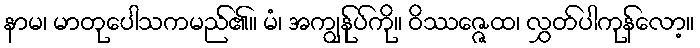
နာမ၊ မာတုပေါသကမည်၏။ မံ၊ အကျွန်ုပ်ကို။ ဝိဿဇ္ဇေထ၊ လွှတ်ပါကုန်လော့။